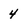
Character: 4